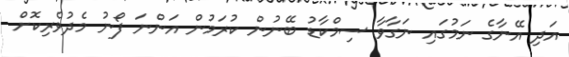
އަދި އޭނާގެ ނަމުގައި ނަގާވާ ސިމްކާޑު ބޭނުން ކުރަމުން އަންނަ ފޯނު މެދުވެރިކޮށް